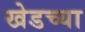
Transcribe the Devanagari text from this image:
खेडच्या